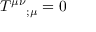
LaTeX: T ^ { \mu \nu } { } _ { ; \mu } = 0